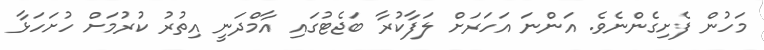
މަހުން ފެށިގެންނެވެ. އަންނަ އަހަރަށް ލަފާކުރާ ބަޖެޓުގައި އާމްދަނީ އިތުރު ކުރުމަށް ހުށަހަޅާ